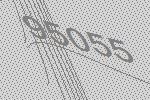
95055